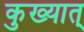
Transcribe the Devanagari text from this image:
कुख्यात्